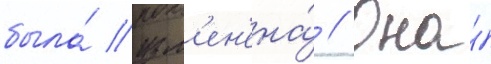
была́ изм'ен'ена́ // Она́